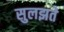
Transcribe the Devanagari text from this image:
सुलझते